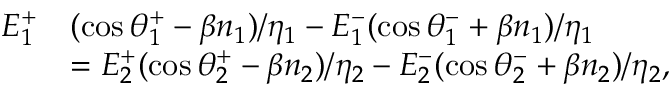
\begin{array} { r l } { E _ { 1 } ^ { + } } & { ( \cos \theta _ { 1 } ^ { + } - \beta n _ { 1 } ) / \eta _ { 1 } - E _ { 1 } ^ { - } ( \cos \theta _ { 1 } ^ { - } + \beta n _ { 1 } ) / \eta _ { 1 } } \\ & { = E _ { 2 } ^ { + } ( \cos \theta _ { 2 } ^ { + } - \beta n _ { 2 } ) / \eta _ { 2 } - E _ { 2 } ^ { - } ( \cos \theta _ { 2 } ^ { - } + \beta n _ { 2 } ) / \eta _ { 2 } , } \end{array}